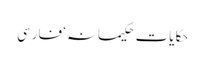
حکایات حکیمانہ‘ فارسی